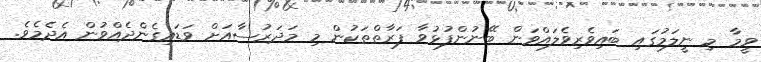
ވީމާ މި ނީލަމުގައި ބައިވެރިވެލައްވަން ބޭނުންފުޅުވާ ފަރާތްތަކުން މި މަދަރުސާއަށް ވަޑައިގެންދެއްވުން އެދެމެވެ.